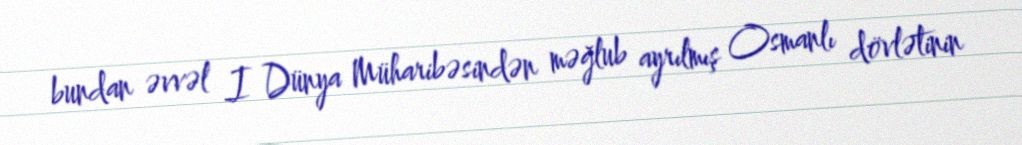
bundan əvvəl I Dünya Müharibəsindən məğlub ayrılmış Osmanlı dövlətinin